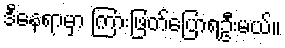
ဒီနေရာမှာ ကြားဖြတ်ပြောရဦးမယ်။